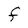
Character: F